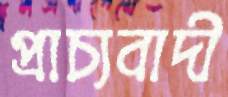
প্রাচ্যবাদী